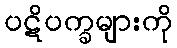
ပဋိပက္ခများကို